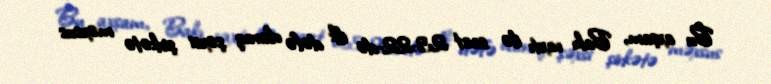
Bu axşam, Bakı vaxtı ilə saat 23:22-də ilk dəfə olaraq şəxsi şirkətə məxsus